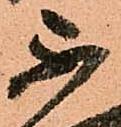
不